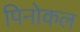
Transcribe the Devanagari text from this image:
पिनोकल